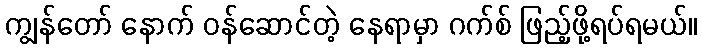
ကျွန်တော် နောက် ဝန်ဆောင်တဲ့ နေရာမှာ ဂက်စ် ဖြည့်ဖို့ရပ်ရမယ်။